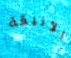
الأنيقة